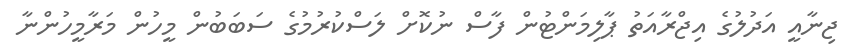
ޖިނާއީ އަދުލުގެ އިޖްރާއަތު ޕާލިމަންޓުން ފާސް ނުކޮށް ލަސްކުރުމުގެ ސަބަބުން މީހުން މަރާމީހުންނާ